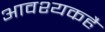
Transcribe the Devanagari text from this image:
आवश्यकहै